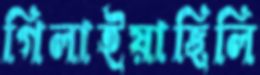
গিলাইয়াছিলি